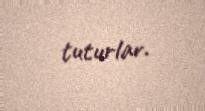
tuturlar.